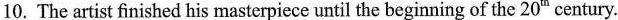
10. The artist finished his masterpiece until the beginning of the 20^{th} century.